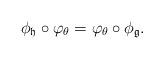
LaTeX: \begin{align*} \phi_{\mathfrak{h}}\circ \varphi_{\theta} =\varphi_{\theta}\circ \phi_{\mathfrak{g}}.\end{align*}